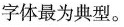
字体最为典型。